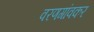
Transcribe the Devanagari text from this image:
वरणगांवकर